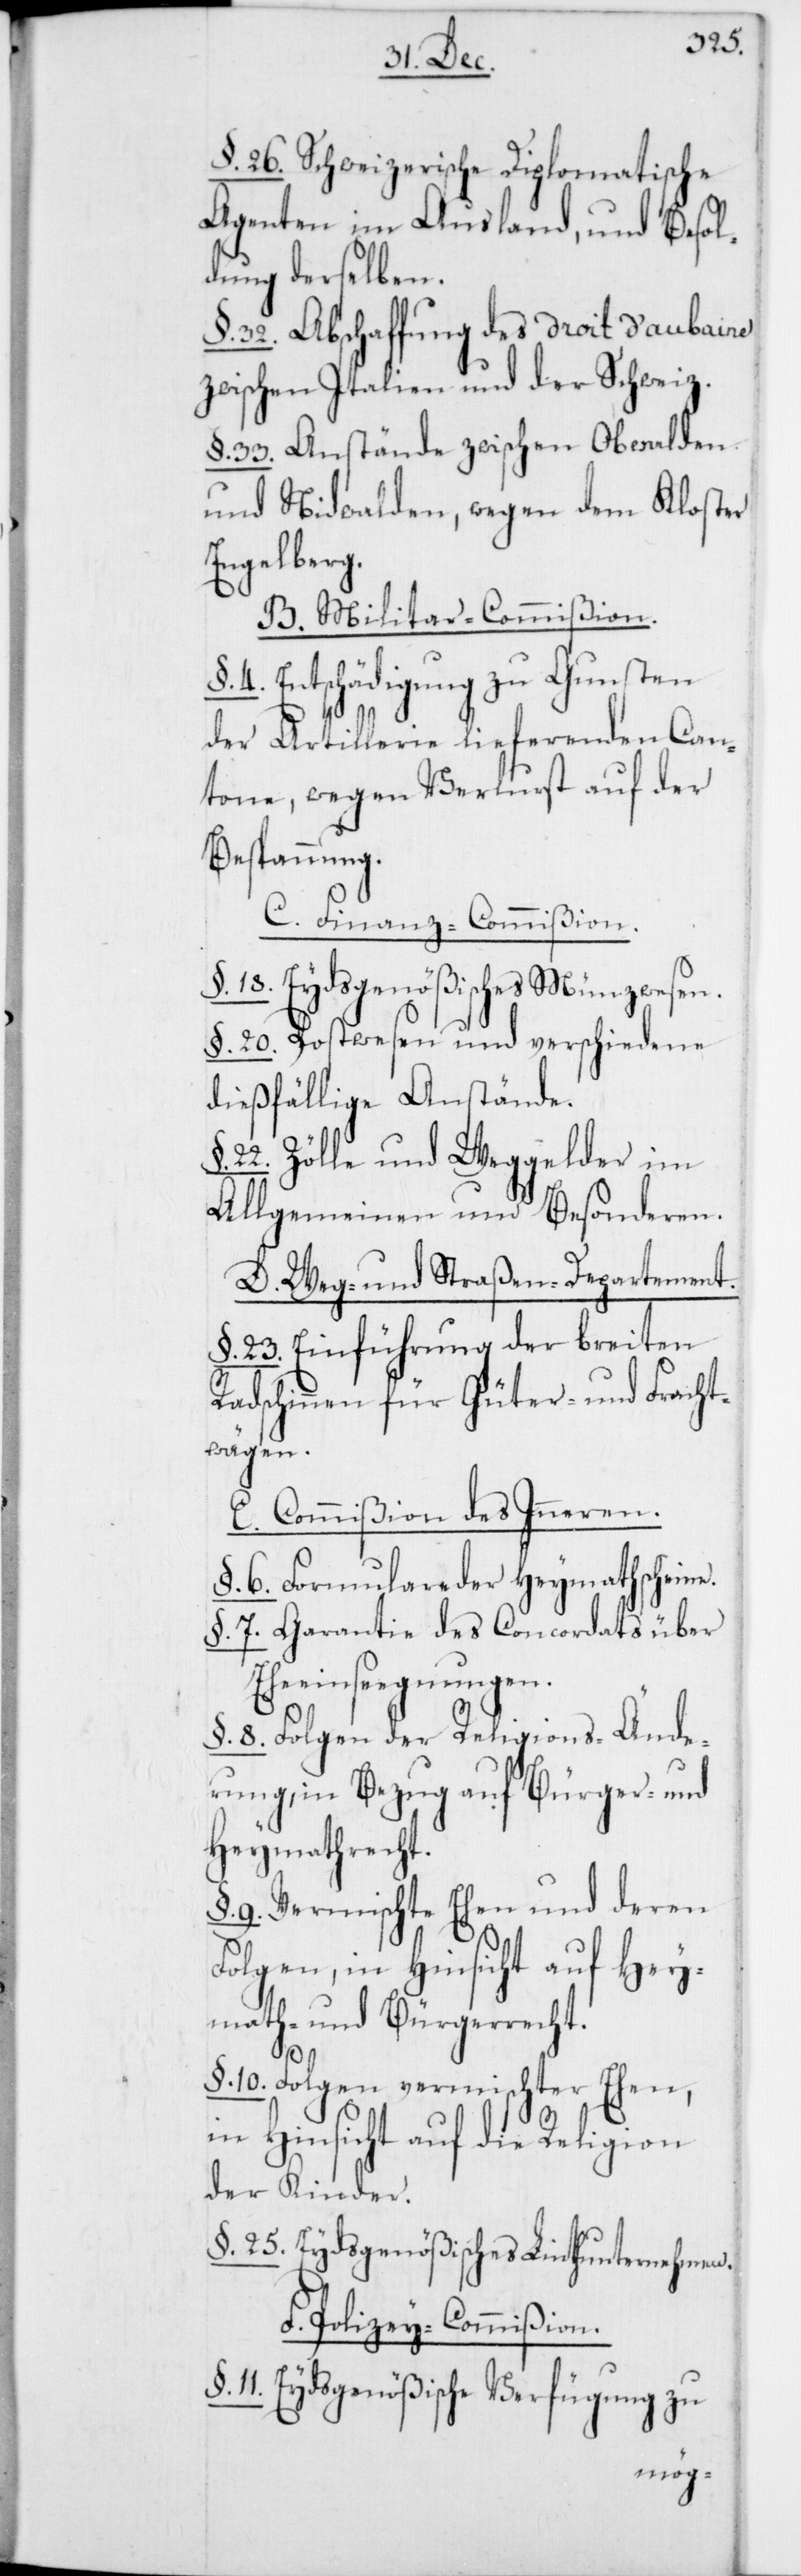
§. 26. Schweizerische Diplomatische
Agenten im Ausland, und Besol¬
dung derselben.
§. 32. Abschaffung des droit d’aubaine
zwischen Italien und der Schweiz.
§. 33. Anstände zwischen Obwalden
und Nidwalden, wegen dem Kloster
Engelberg.
B. Militar-Commißion.
§. 4. Entschädigung zu Gunsten
der Artillerie lieferenden Can¬
tone, wegen Verlust auf der
Bespannung.
C. Finanz-Commißion.
§. 18. Eydsgenößisches Münzwesen.
§. 20. Postwesen und verschiedene
dießfällige Anstände.
22. Zölle und Weggelder im
Allgemeinen und Besonderen.
D. Weg- und Straßen-Departement.
§. 23. Einführung der breiten
Radschinnen für Güter- und Fracht¬
wägen.
E. Commißion des Inneren.
§. 6. Formulare der Heymathscheine.
§. 7. Garantie des Concordats über
Eheeinseegnungen.
§. 8. Folgen der Religions-Änd¬
erung, in Bezug auf Bürger- und
Heymathrecht.
§. 9. Vermischte Ehen und deren
Folgen, in Hinsicht auf Hey¬
math- und Bürgerrecht.
§. 10. Folgen vermischter Ehen,
in Hinsicht auf die Religion
der Kinder.
§. 25. Eydsgenößisches Linthunternehmen.
F. Polizey-Commißion.
11. Eydsgenößische Verfügung zu